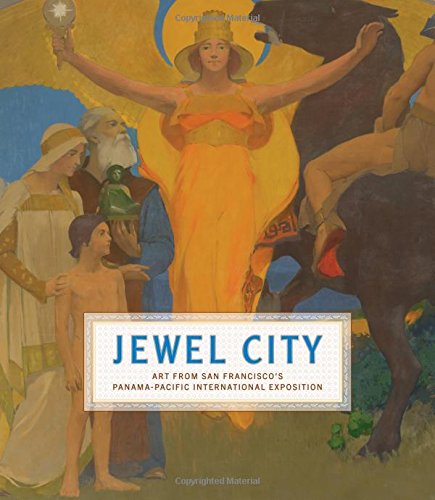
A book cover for Jewel City: Art from San Francisco's Panama-Pacific International Exposition; Arts & Photography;